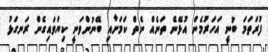
ފުރަތަމަ ބުނީ އަހަރުމެން އުޅޭނެ ތަނެއް ނެތް ކަމަށާއި ބޭނުންވަނީ ކިޔަވައިގެން ރަނގަޅު